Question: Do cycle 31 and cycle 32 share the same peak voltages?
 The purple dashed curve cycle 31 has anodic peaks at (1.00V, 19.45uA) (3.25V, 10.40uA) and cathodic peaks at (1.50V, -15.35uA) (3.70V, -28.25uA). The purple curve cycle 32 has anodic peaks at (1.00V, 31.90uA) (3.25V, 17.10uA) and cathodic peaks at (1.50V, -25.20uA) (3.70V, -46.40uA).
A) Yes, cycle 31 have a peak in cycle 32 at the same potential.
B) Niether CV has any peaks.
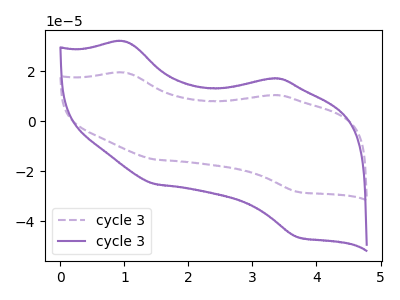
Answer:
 <answer>A) Yes, "cycle 31" have a peak in "cycle 32" at the same potential.</answer>
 <eval>A</eval>